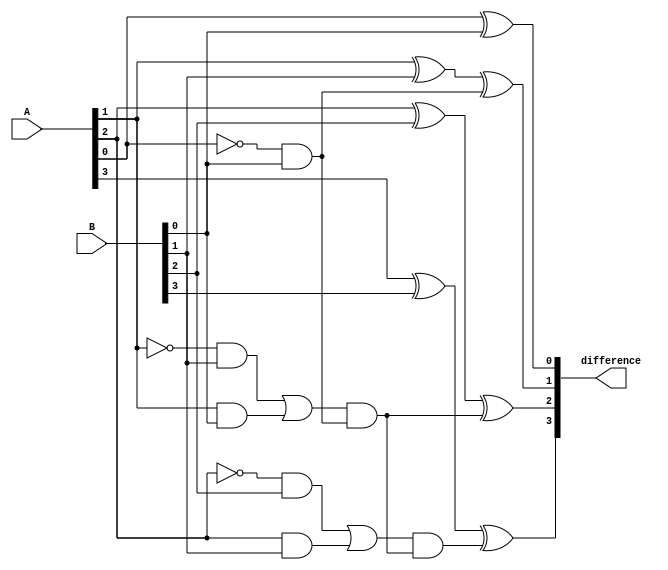
module ripple_carry_subtractor (
    input [3:0] A,
    input [3:0] B,
    output [3:0] difference
);

wire [3:0] borrow;
wire [3:0] carry_out;

assign borrow[0] = 1'b0;

assign borrow[1] = ~A[0] & B[0];
assign carry_out[1] = (A[0] & ~B[0]) | borrow[1];

assign borrow[2] = ((~A[1] & B[1]) | (A[1] & B[0])) & borrow[1];
assign carry_out[2] = ((A[1] & ~B[0]) | (A[0] & ~B[1])) | (borrow[1] & ((~A[1] & B[1]) | (A[1] & B[0])));

assign borrow[3] = ((~A[2] & B[2]) | (A[2] & B[1])) & borrow[2];
assign carry_out[3] = ((A[2] & ~B[1]) | (A[1] & ~B[2])) | (borrow[2] & ((~A[2] & B[2]) | (A[2] & B[1])));

assign borrow[4] = ((~A[3] & B[3]) | (A[3] & B[2])) & borrow[3];

assign difference[0] = A[0] ^ B[0];
assign difference[1] = A[1] ^ B[1] ^ borrow[1];
assign difference[2] = A[2] ^ B[2] ^ borrow[2];
assign difference[3] = A[3] ^ B[3] ^ borrow[3];

endmodule